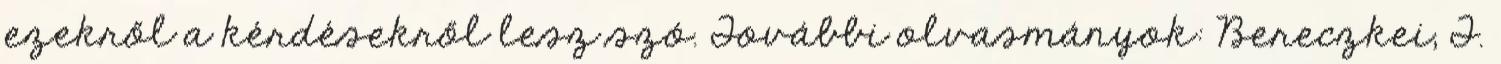
ezekről a kérdésekről lesz szó. További olvasmányok: Bereczkei, T.